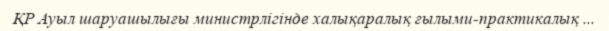
ҚР Ауыл шаруашылығы министрлігінде халықаралық ғылыми-практикалық ...